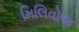
મિલિવોજ